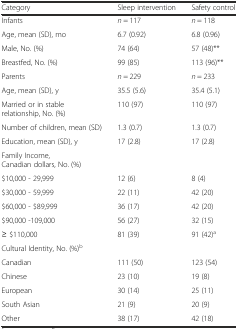
| Category | Sleep intervention | Safety control |
 | --- | --- | --- |
 | Infants | n = 117 | n = 118 |
 | Age, mean (SD), mo | 6.7 (0.92) | 6.8 (0.96) |
 | Male, No. (%) | 74 (64) | 57 (48)** |
 | Breastfed, No. (%) | 99 (85) | 113 (96)** |
 | Parents | n = 229 | n = 233 |
 | Age, mean (SD), y | 35.5 (5.6) | 35.4 (5.1) |
 | Married or in stable relationship, No. (%) | 110 (97) | 110 (97) |
 | Number of children, mean (SD) | 1.3 (0.7) | 1.3 (0.7) |
 | Education, mean (SD), y | 17 (2.8) | 17 (2.8) |
 | Family Income, Canadian dollars, No. (%) |  |  |
 | $10,000 - 29,999 | 12 (6) | 8 (4) |
 | $30,000 - 59,999 | 22 (11) | 42 (20) |
 | $60,000 - $89,999 | 36 (17) | 42 (20) |
 | $90,000 -109,000 | 56 (27) | 32 (15) |
 | ≥ $110,000 | 81 (39) | 91 (42)a |
 | Cultural Identity, No. (%)b |  |  |
 | Canadian | 111 (50) | 123 (54) |
 | Chinese | 23 (10) | 19 (8) |
 | European | 30 (14) | 25 (11) |
 | South Asian | 21 (9) | 20 (9) |
 | Other | 38 (17) | 42 (18) |